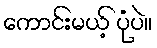
ကောင်းမယ့် ပုံပဲ။